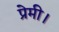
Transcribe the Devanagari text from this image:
प्रेमी।